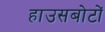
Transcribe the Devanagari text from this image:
हाउसबोटों